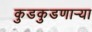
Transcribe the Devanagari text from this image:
कुडकुडणाऱ्या